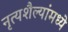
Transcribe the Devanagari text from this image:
नृत्यशैल्यांमध्ये